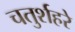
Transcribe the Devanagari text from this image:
चतुर्शहरे